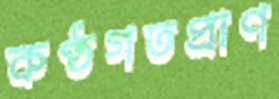
কণ্ঠগতপ্রাণ